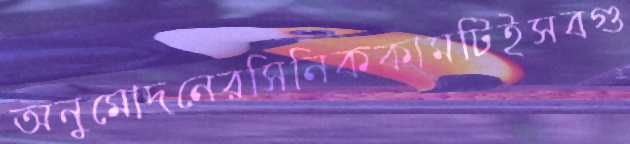
অনুমোদনেরসিনিককামটিইসবগু